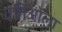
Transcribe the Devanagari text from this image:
एनिओला